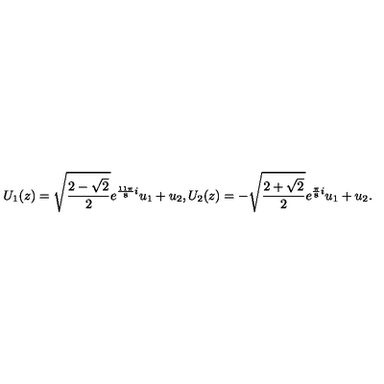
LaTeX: U _ { 1 } ( z ) = \sqrt { \frac { 2 - \sqrt { 2 } } { 2 } } e ^ { \frac { 1 1 \pi } { 8 } i } u _ { 1 } + u _ { 2 } , U _ { 2 } ( z ) = - \sqrt { \frac { 2 + \sqrt { 2 } } { 2 } } e ^ { \frac { \pi } { 8 } i } u _ { 1 } + u _ { 2 } .